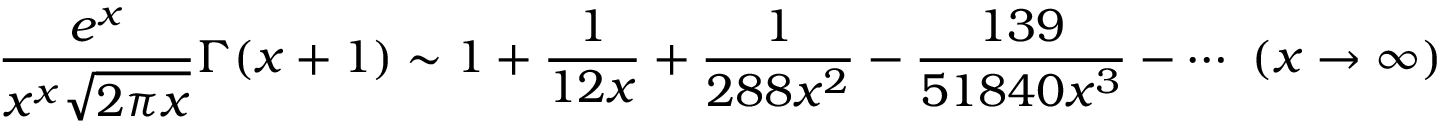
{ \frac { e ^ { x } } { x ^ { x } { \sqrt { 2 \pi x } } } } \Gamma ( x + 1 ) \sim 1 + { \frac { 1 } { 1 2 x } } + { \frac { 1 } { 2 8 8 x ^ { 2 } } } - { \frac { 1 3 9 } { 5 1 8 4 0 x ^ { 3 } } } - \cdots \ ( x \to \infty )